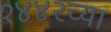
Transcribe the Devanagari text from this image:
१४४२च्या